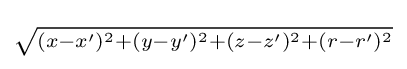
\scriptstyle {\sqrt {(x-x')^{2}+(y-y')^{2}+(z-z')^{2}+(r-r')^{2}}}